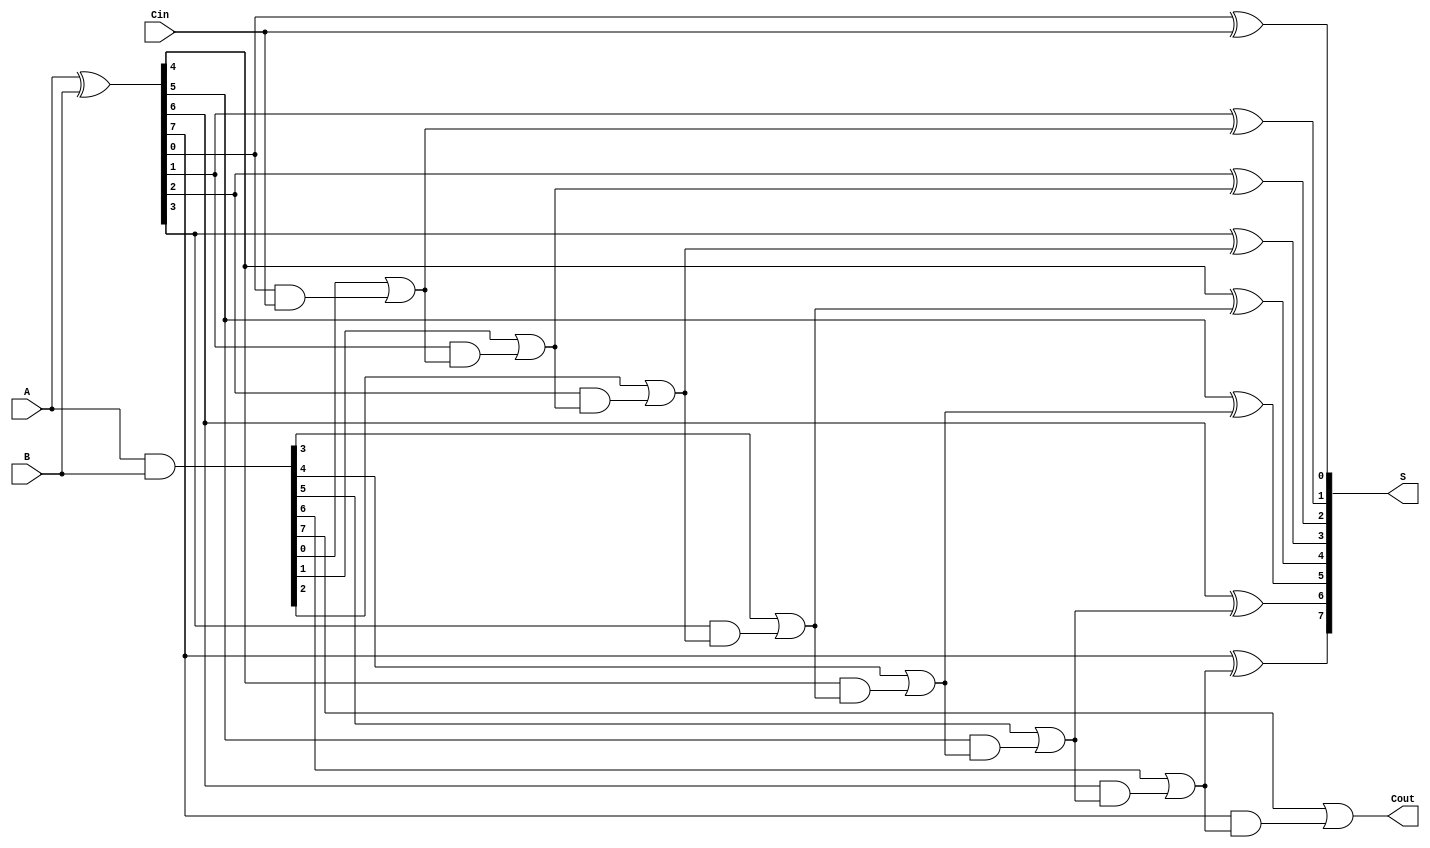
module KoggeStoneAdder #(parameter N = 8) (
    input  [N-1:0] A,
    input  [N-1:0] B,
    input          Cin,
    output [N-1:0] S,
    output         Cout
);
    // Intermediate signals
    wire [N-1:0] P; // Propagate signals
    wire [N-1:0] G; // Generate signals
    wire [N:0] C;   // Carry signals

    // Generate and propagate signals
    assign P = A ^ B;      // P[i] = A[i] XOR B[i]
    assign G = A & B;      // G[i] = A[i] AND B[i]
    
    // Carry initialization
    assign C[0] = Cin;     // C[0] = Cin

    // Carry generation - Stage 0
    genvar i;
    generate
        for (i = 0; i < N; i = i + 1) begin : carry_generation
            assign C[i + 1] = G[i] | (P[i] & C[i]); // C[i + 1] = G[i] + (P[i] * C[i])
        end
    endgenerate

    // Final sum calculation
    generate
        for (i = 0; i < N; i = i + 1) begin : sum_calculation
            assign S[i] = P[i] ^ C[i]; // S[i] = P[i] XOR C[i]
        end
    endgenerate

    // Carry out
    assign Cout = C[N]; // The final carry out is C[N]

endmodule